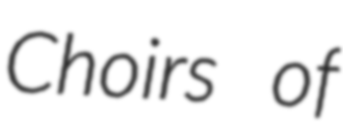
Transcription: Choirs of